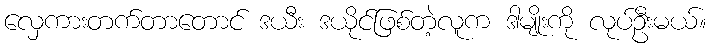
လှေကားတက်တာတောင် ဒယီး ဒယိုင်ဖြစ်တဲ့လူက ဒါမျိုးကို လုပ်ဦးမယ်။